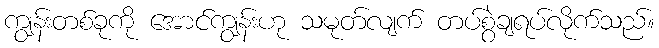
ကျွန်းတစ်ခုကို အောင်ကျွန်းဟု သမုတ်လျက် တပ်စွဲချရပ်လိုက်သည်။